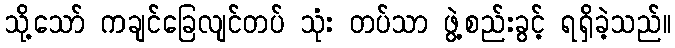
သို့သော် ကချင်ခြေလျင်တပ် သုံး တပ်သာ ဖွဲ့စည်းခွင့် ရရှိခဲ့သည်။